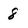
Character: 8